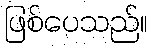
ဖြစ်ပေသည်။